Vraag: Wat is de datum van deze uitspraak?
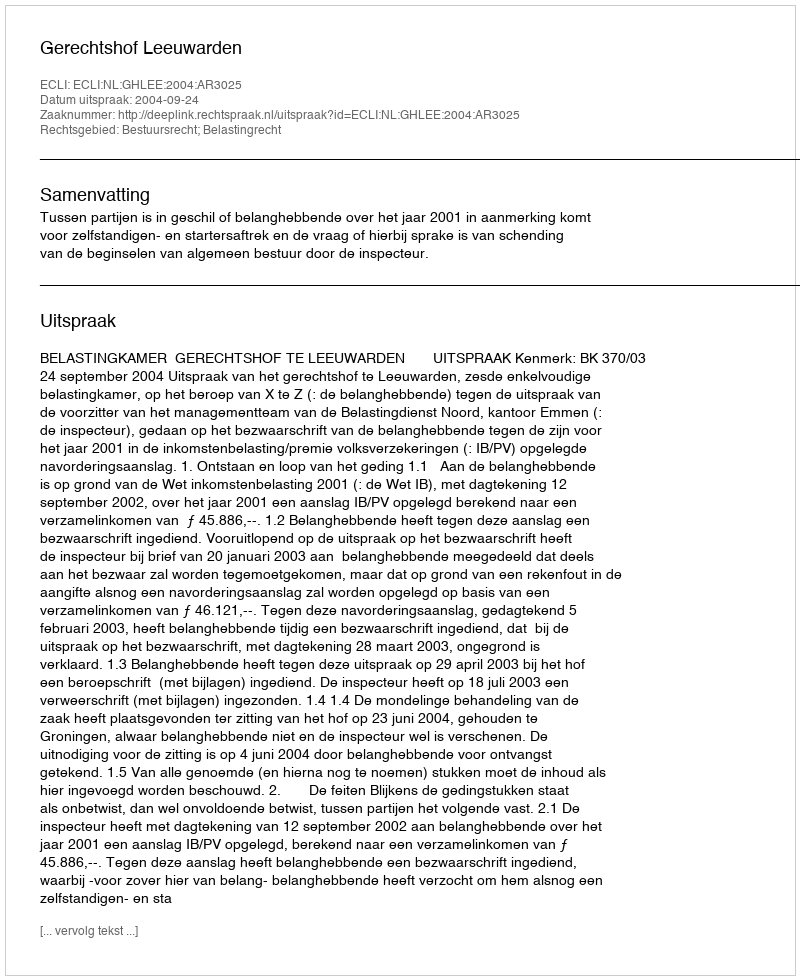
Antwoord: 2004-09-24